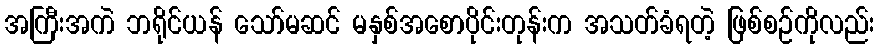
အကြီးအကဲ ဘရိုင်ယန် သော်မဆင် မနှစ်အစောပိုင်းတုန်းက အသတ်ခံရတဲ့ ဖြစ်စဉ်ကိုလည်း